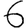
Digit: 6